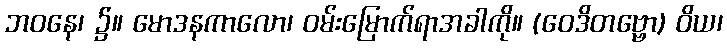
ဘဝနေ၊ ၌။ မောဒနကာလော၊ ဝမ်းမြောက်ရာအခါကို။ (ဝေဒိတဗ္ဗော) ဝိယ၊